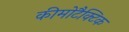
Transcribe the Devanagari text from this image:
कीमोटैक्टिक